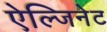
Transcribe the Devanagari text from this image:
ऐल्जिनेट